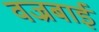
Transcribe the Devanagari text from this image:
वज्रबाई